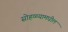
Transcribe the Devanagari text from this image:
सोहळ्यामधील